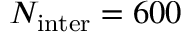
N _ { \mathrm { i n t e r } } = 6 0 0